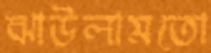
ঝাউলামতো